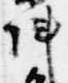
陣